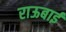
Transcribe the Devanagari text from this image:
राऊबाई